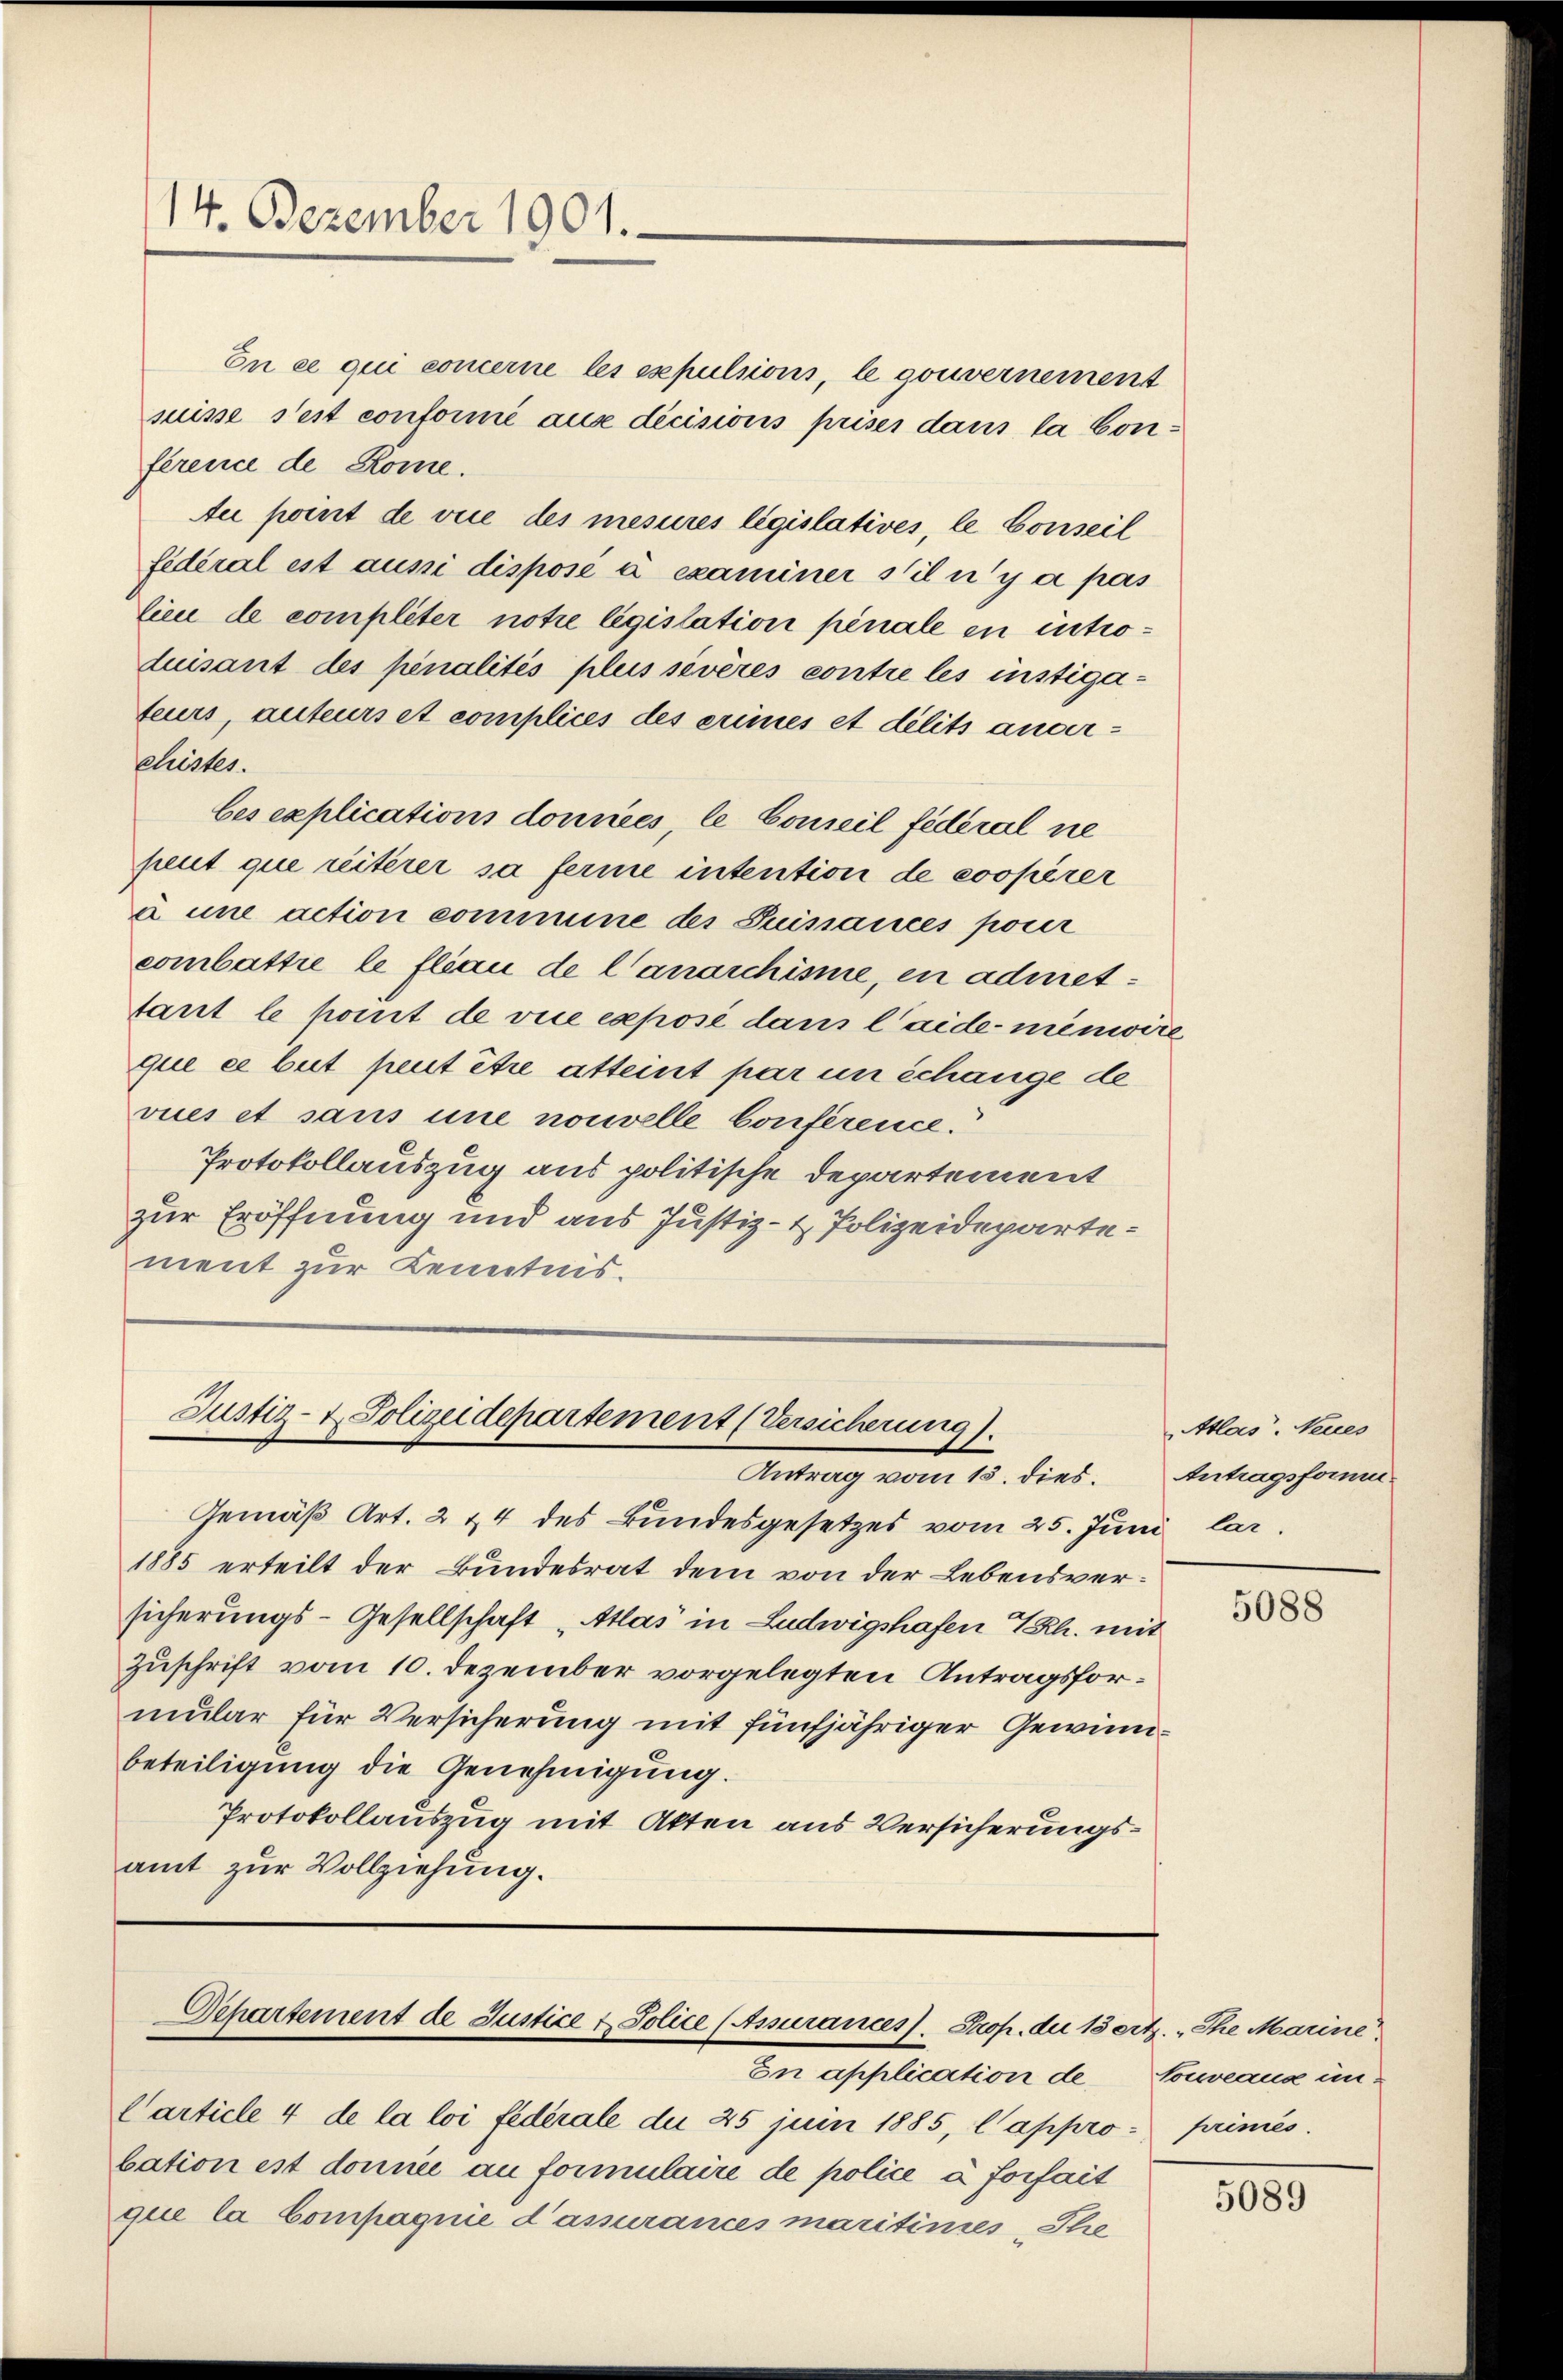
14. Dezember 1901.

En ce qui concerne les expulsions, le gouvernement
suisse s’est conformé aus dicisions prises dans la Conference de Rome.
te point de vice des mesures législatives, le Conseil
fédéral est aussi disposé à examiner s’il n’y a pas
lieu de completer notre législation pénale en introduisant des penalités plus sevères contre les instigateurs, auteurs et complices des erinnes et délits anderklärter.
bes explications données, le Conseil fédéral ne
peut que reiterer sa ferne intention de coopérer
à une action commune des Suissances pour
combattie le flau de lanarchisme, en admet¬
Sant le pomit de vice exposé dans laide meinwire
que ce beit peut être atteint par un échange de
vues et sans une nouvelle Conférence.
Protokollauszug aus politische Departement
zur Eröffnung und aus Justiz- & Polizeidepartement zur Kenntnis.

Justiz- & Polizeidepartement (Versicherung).
Antrag vom 15. dies.

Gemäß Art. 2 & 4 des Bundesgesetzes vom 25. Juni lar.
1885 erteilt der Bundesrat dem von der Lebensversicherungs-Gesellschaft „Atlas in Ludwigshafen Th. mit
Zuschrift vom 10. Dezember vorgelegten Antragsformular für Versicherung mit fünfjähriger Gewinnbeteiligung die Genehmigung.
Protokollauszug mit Akten aus Versicherungsamt zur Vollziehung.

Carticle 4 de la loi fédérale die 25 juin 1885, l’appro primés.
bation ist donnée au formulaire de police à forfait
que la Compagnie d’assurances maritimes, The

Departement de Justice & Police (Assurances). Skop. die 13 ertz. „Ihe Marine
Den Affolteration de

Atlas. Neues
Antragsform.

5088

tonweand un-

5089